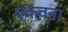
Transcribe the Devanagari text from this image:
एकवना